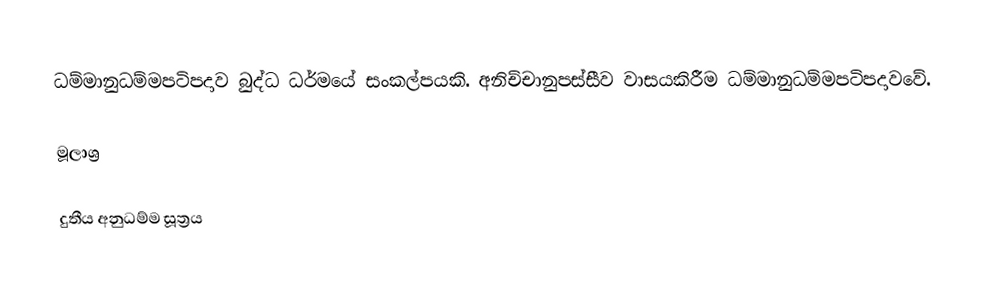
ධම්මානුධම්මපටිපදාව බුද්ධ ධර්මයේ සංකල්පයකි. අනිච්චානුපස්සීව වාසයකිරීම ධම්මානුධම්මපටිපදාවවේ.

මූලාශ්‍ර

දුතීය අනුධම්ම සූත්‍රය